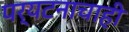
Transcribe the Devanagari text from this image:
पर्यटनाचाही